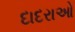
દાદરાઓ